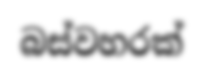
බස්වහරක්